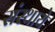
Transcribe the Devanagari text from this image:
संस्थाये